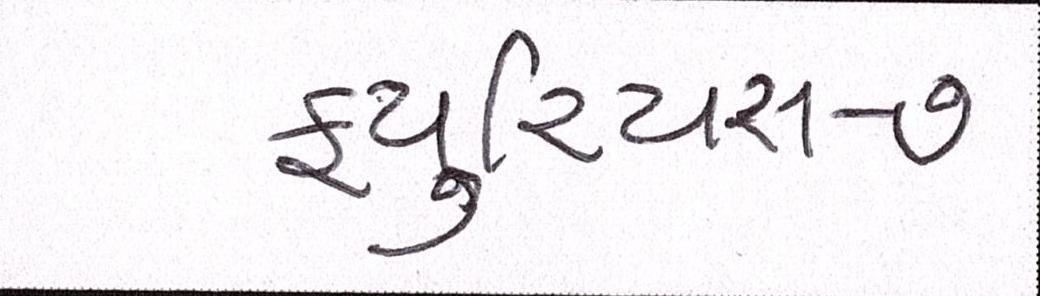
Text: ફ્યુરિયસ-૭